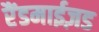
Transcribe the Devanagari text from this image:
रैंडमाईज़ड